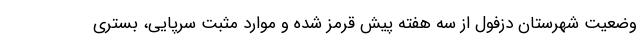
وضعیت شهرستان دزفول از سه هفته پیش قرمز شده و موارد مثبت سرپایی، بستری